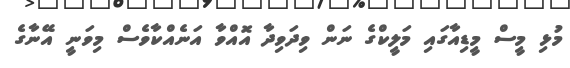
މުޅި މީސް މީޑިއާގައި މަލީކްގެ ނަން ވިދަވިދާ އޮއްވާ އަނެއްކާވެސް މިވަނީ އޭނާގެ